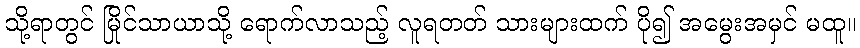
သို့ရာတွင် မြိုင်သာယာသို့ ရောက်လာသည့် လူရတတ် သားများထက် ပို၍ အမွေးအမှင် မထူ။